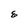
Character: E